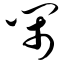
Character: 闹